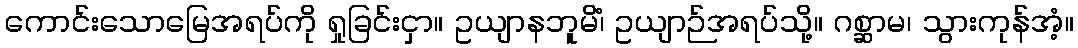
ကောင်းသောမြေအရပ်ကို ရှုခြင်းငှာ။ ဥယျာနဘူမိံ၊ ဥယျာဉ်အရပ်သို့။ ဂစ္ဆာမ၊ သွားကုန်အံ့။